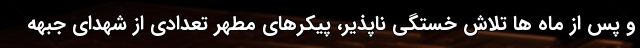
و پس از ماه ها تلاش خستگی ناپذیر، پیکرهای مطهر تعدادی از شهدای جبهه